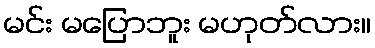
မင်း မပြောဘူး မဟုတ်လား။